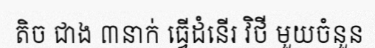
តិច ជាង ៣នាក់ ធ្វើដំនើរ វិថី មួយចំនួន